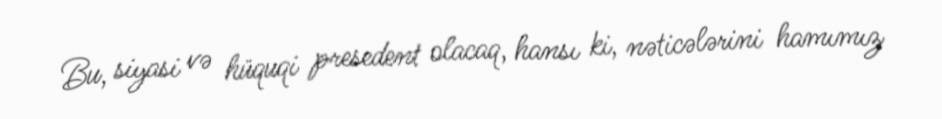
Bu, siyasi və hüquqi presedent olacaq, hansı ki, nəticələrini hamımız